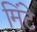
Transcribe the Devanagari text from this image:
मिंटे